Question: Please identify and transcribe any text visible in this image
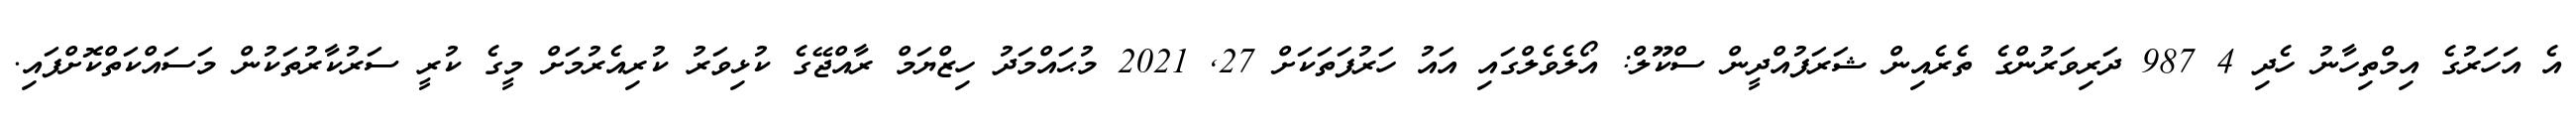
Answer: އެ އަހަރުގެ އިމްތިހާނު ހެދި 4 987 ދަރިވަރުންގެ ތެރެއިން ޝަރަފުއްދީން ސްކޫލް: އޯލެވެލްގައި އައު ހަރުފަތަކަށް 27, 2021 މުޙައްމަދު ހިޒްޔަމް ރާއްޖޭގެ ކުޅިވަރު ކުރިއެރުމަށް މީގެ ކުރީ ސަރުކާރުތަކުން މަސައްކަތްކޮށްފައި.